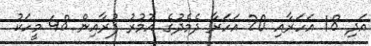
އަދި 18 އަހަރާއި 20 އަހަރާ ދެމެދުގެ އުމުރު ފުރާއިން 48 މީހަކު